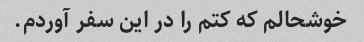
خوشحالم که کتم را در این سفر آوردم.